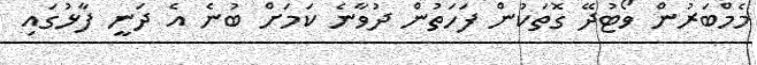
މެމްބަރުން ވޯޓުދޭ ގޮތަކުން ފަހަތުން ދުވާނެ ކަމަށް ބުނެ އެ ދަނީ ފާޅުގައި